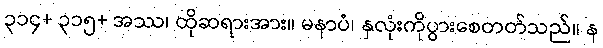
၃၁၄+ ၃၁၅+ အဿ၊ ထိုဆရားအား။ မနာပံ၊ နှလုံးကိုပွားစေတတ်သည်။ န